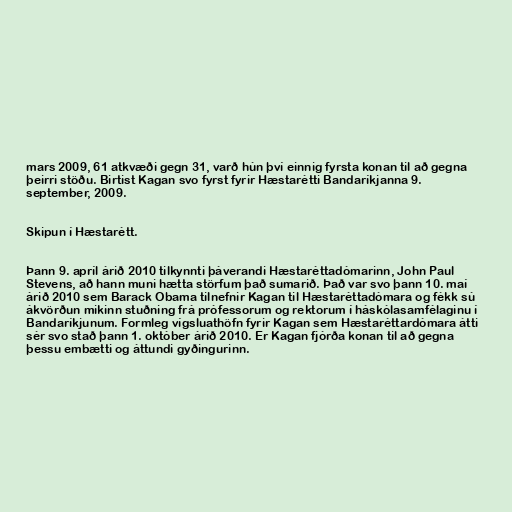
mars 2009, 61 atkvæði gegn 31, varð hún því einnig fyrsta konan til að gegna
þeirri stöðu. Birtist Kagan svo fyrst fyrir Hæstarétti Bandaríkjanna 9.
september, 2009.

Skipun í Hæstarétt.

Þann 9. apríl árið 2010 tilkynnti þáverandi Hæstaréttadómarinn, John Paul
Stevens, að hann muni hætta störfum það sumarið. Það var svo þann 10. maí
árið 2010 sem Barack Obama tilnefnir Kagan til Hæstaréttadómara og fékk sú
ákvörðun mikinn stuðning frá prófessorum og rektorum í háskólasamfélaginu í
Bandaríkjunum. Formleg vígsluathöfn fyrir Kagan sem Hæstaréttardómara átti
sér svo stað þann 1. október árið 2010. Er Kagan fjórða konan til að gegna
þessu embætti og áttundi gyðingurinn.